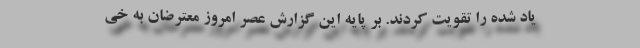
یاد شده را تقویت کردند. بر پایه این گزارش عصر امروز معترضان به خی